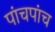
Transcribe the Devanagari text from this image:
पांचपांच